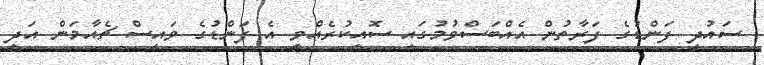
ސައުދީ ފަންޑުގެ ފަރާތުން އެއްބަސްވުމުގައި ސޮއިކުރެއްވީ އެ ފަންޑުގެ ވައިސް ޗެއާމަން އަދި